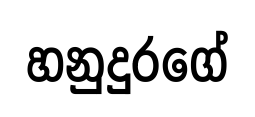
හනුදුරගේ